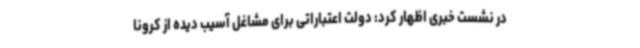
در نشست خبری اظهار کرد: دولت اعتباراتی برای مشاغل آسیب دیده از کرونا